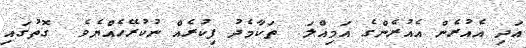
އަދި އެއުރެން އެއުރެންގެ އަމިއްލަ  ތަކާމެދު ފިކުރެއް ނުކުރޭހެއްޔެވެ  ގޮތުގައި